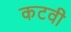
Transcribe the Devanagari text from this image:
कटवी